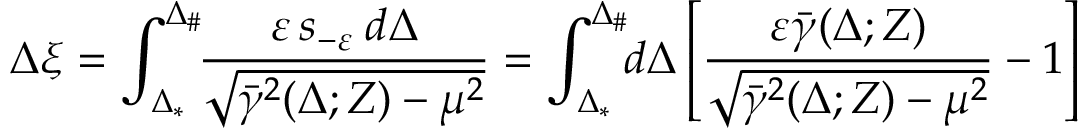
\Delta \xi = \int _ { \Delta _ { * } } ^ { \Delta _ { \# } } \! \! \frac { \varepsilon \, s _ { - \varepsilon } \: d \Delta } { \sqrt { \bar { \gamma } ^ { 2 } ( \Delta ; Z ) - \mu ^ { 2 } } } = \displaystyle \int _ { \Delta _ { * } } ^ { \Delta _ { \# } } \! \! d \Delta \left[ \frac { \varepsilon \bar { \gamma } ( \Delta ; Z ) } { \sqrt { \bar { \gamma } ^ { 2 } ( \Delta ; Z ) - \mu ^ { 2 } } } - 1 \right]